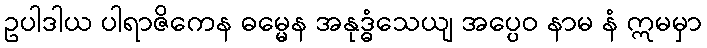
ဥပါဒါယ ပါရာဇိကေန ဓမ္မေန အနုဒ္ဓံသေယျ အပ္ပေဝ နာမ နံ ဣမမှာ